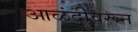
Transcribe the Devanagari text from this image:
आळंदीवरून